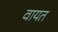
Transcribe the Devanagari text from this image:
वायत